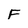
Character: F